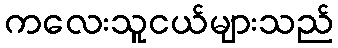
ကလေးသူငယ်များသည်